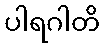
ပါရဂါတိ